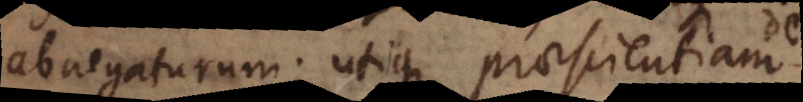
abnegaturum; utique praescientiam